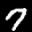
Label: 7